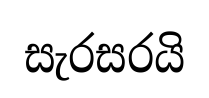
සැරසරයි